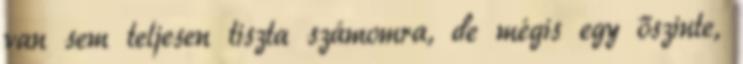
van sem teljesen tiszta számomra, de mégis egy őszinte,